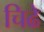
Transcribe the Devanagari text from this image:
चिढे